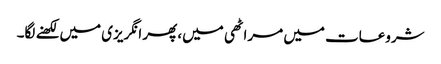
شروعات میں مراٹھی میں، پھر انگریزی میں لکھنے لگا۔